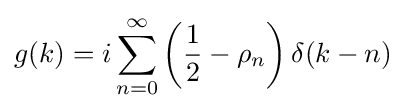
g(k)=i\sum _{n=0}^{\infty }\left({\frac {1}{2}}-\rho _{n}\right)\delta (k-n)